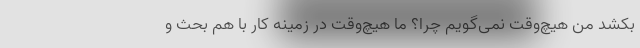
بکشد من هیچ‌وقت نمی‌گویم چرا؟ ما هیچ‌وقت در زمینه کار با هم بحث و